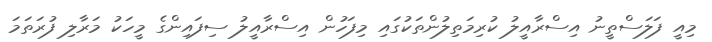
މިއީ ފަލަސްތީނު އިސްރާއީލު ކުރިމަތިލުންތަކުގައި މިފަހުން އިސްރާއީލު ސިފައިންގެ މީހަކު މަރާލި ފުރަތަމަ